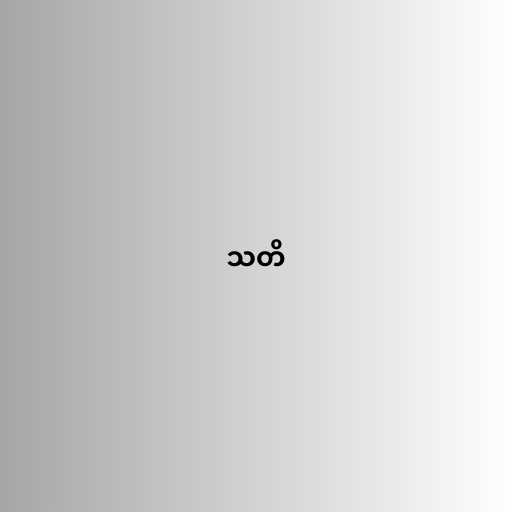
သတိ